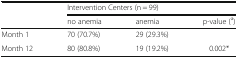
| <ROWSPAN=2>  | <COLSPAN=3> Intervention Centers (n = 99) |
 | no anemia | anemia | p-value (a) |
 | --- | --- | --- | --- |
 | Month 1 | 70 (70.7%) | 29 (29.3%) |  |
 | Month 12 | 80 (80.8%) | 19 (19.2%) | 0.002* |